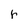
Character: r